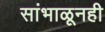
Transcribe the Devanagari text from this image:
सांभाळूनही